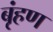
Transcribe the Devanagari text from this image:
बृंहण